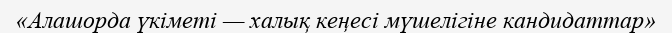
«Алашорда үкіметі — халық кеңесі мүшелігіне кандидаттар»